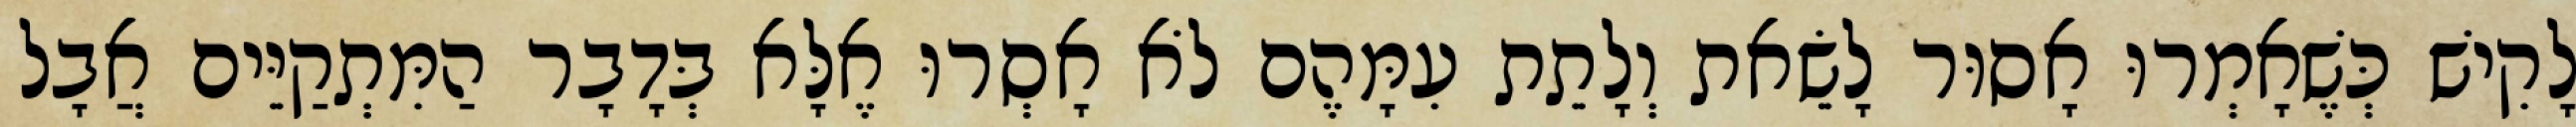
לָקִישׁ כְּשֶׁאָמְרוּ אָסוּר לָשֵׂאת וְלָתֵת עִמָּהֶם לֹא אָסְרוּ אֶלָּא בְּדָבָר הַמִּתְקַיֵּים אֲבָל